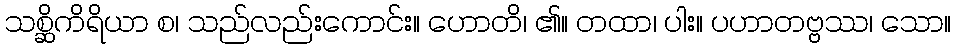
သစ္ဆိကိရိယာ စ၊ သည်လည်းကောင်း။ ဟောတိ၊ ၏။ တထာ၊ ပါး။ ပဟာတဗ္ဗဿ၊ သော။